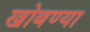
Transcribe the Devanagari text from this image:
खोबण्या